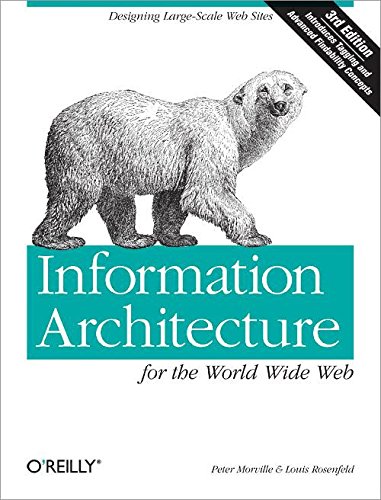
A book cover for Information Architecture for the World Wide Web: Designing Large-Scale Web Sites, 3rd Edition; Peter Morville; Computers & Technology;